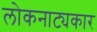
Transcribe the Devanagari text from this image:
लोकनाट्यकार